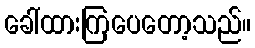
ခေါ်ထားကြပေတော့သည်။